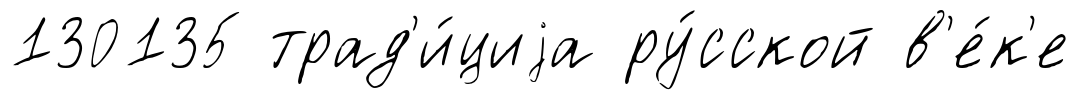
130135 трад'и́циjа ру́сской в'е́к'е